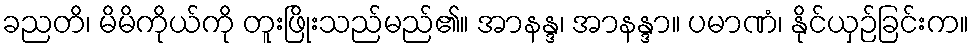
ခညတိ၊ မိမိကိုယ်ကို တူးဖြိုးသည်မည်၏။ အာနန္ဒ၊ အာနန္ဒာ။ ပမာဏံ၊ နိုင်ယှဉ်ခြင်းက။